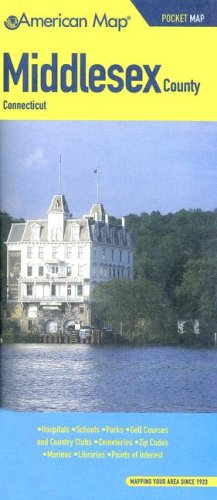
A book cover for American Map Middlesex County, Ct Pocket Map; American Map Corp; Travel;